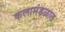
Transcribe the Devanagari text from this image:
कलामंडळात